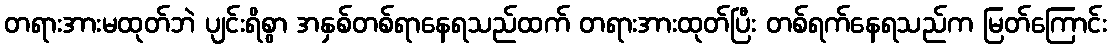
တရားအားမထုတ်ဘဲ ပျင်းရိစွာ အနှစ်တစ်ရာနေရသည်ထက် တရားအားထုတ်ပြီး တစ်ရက်နေရသည်က မြတ်ကြောင်း